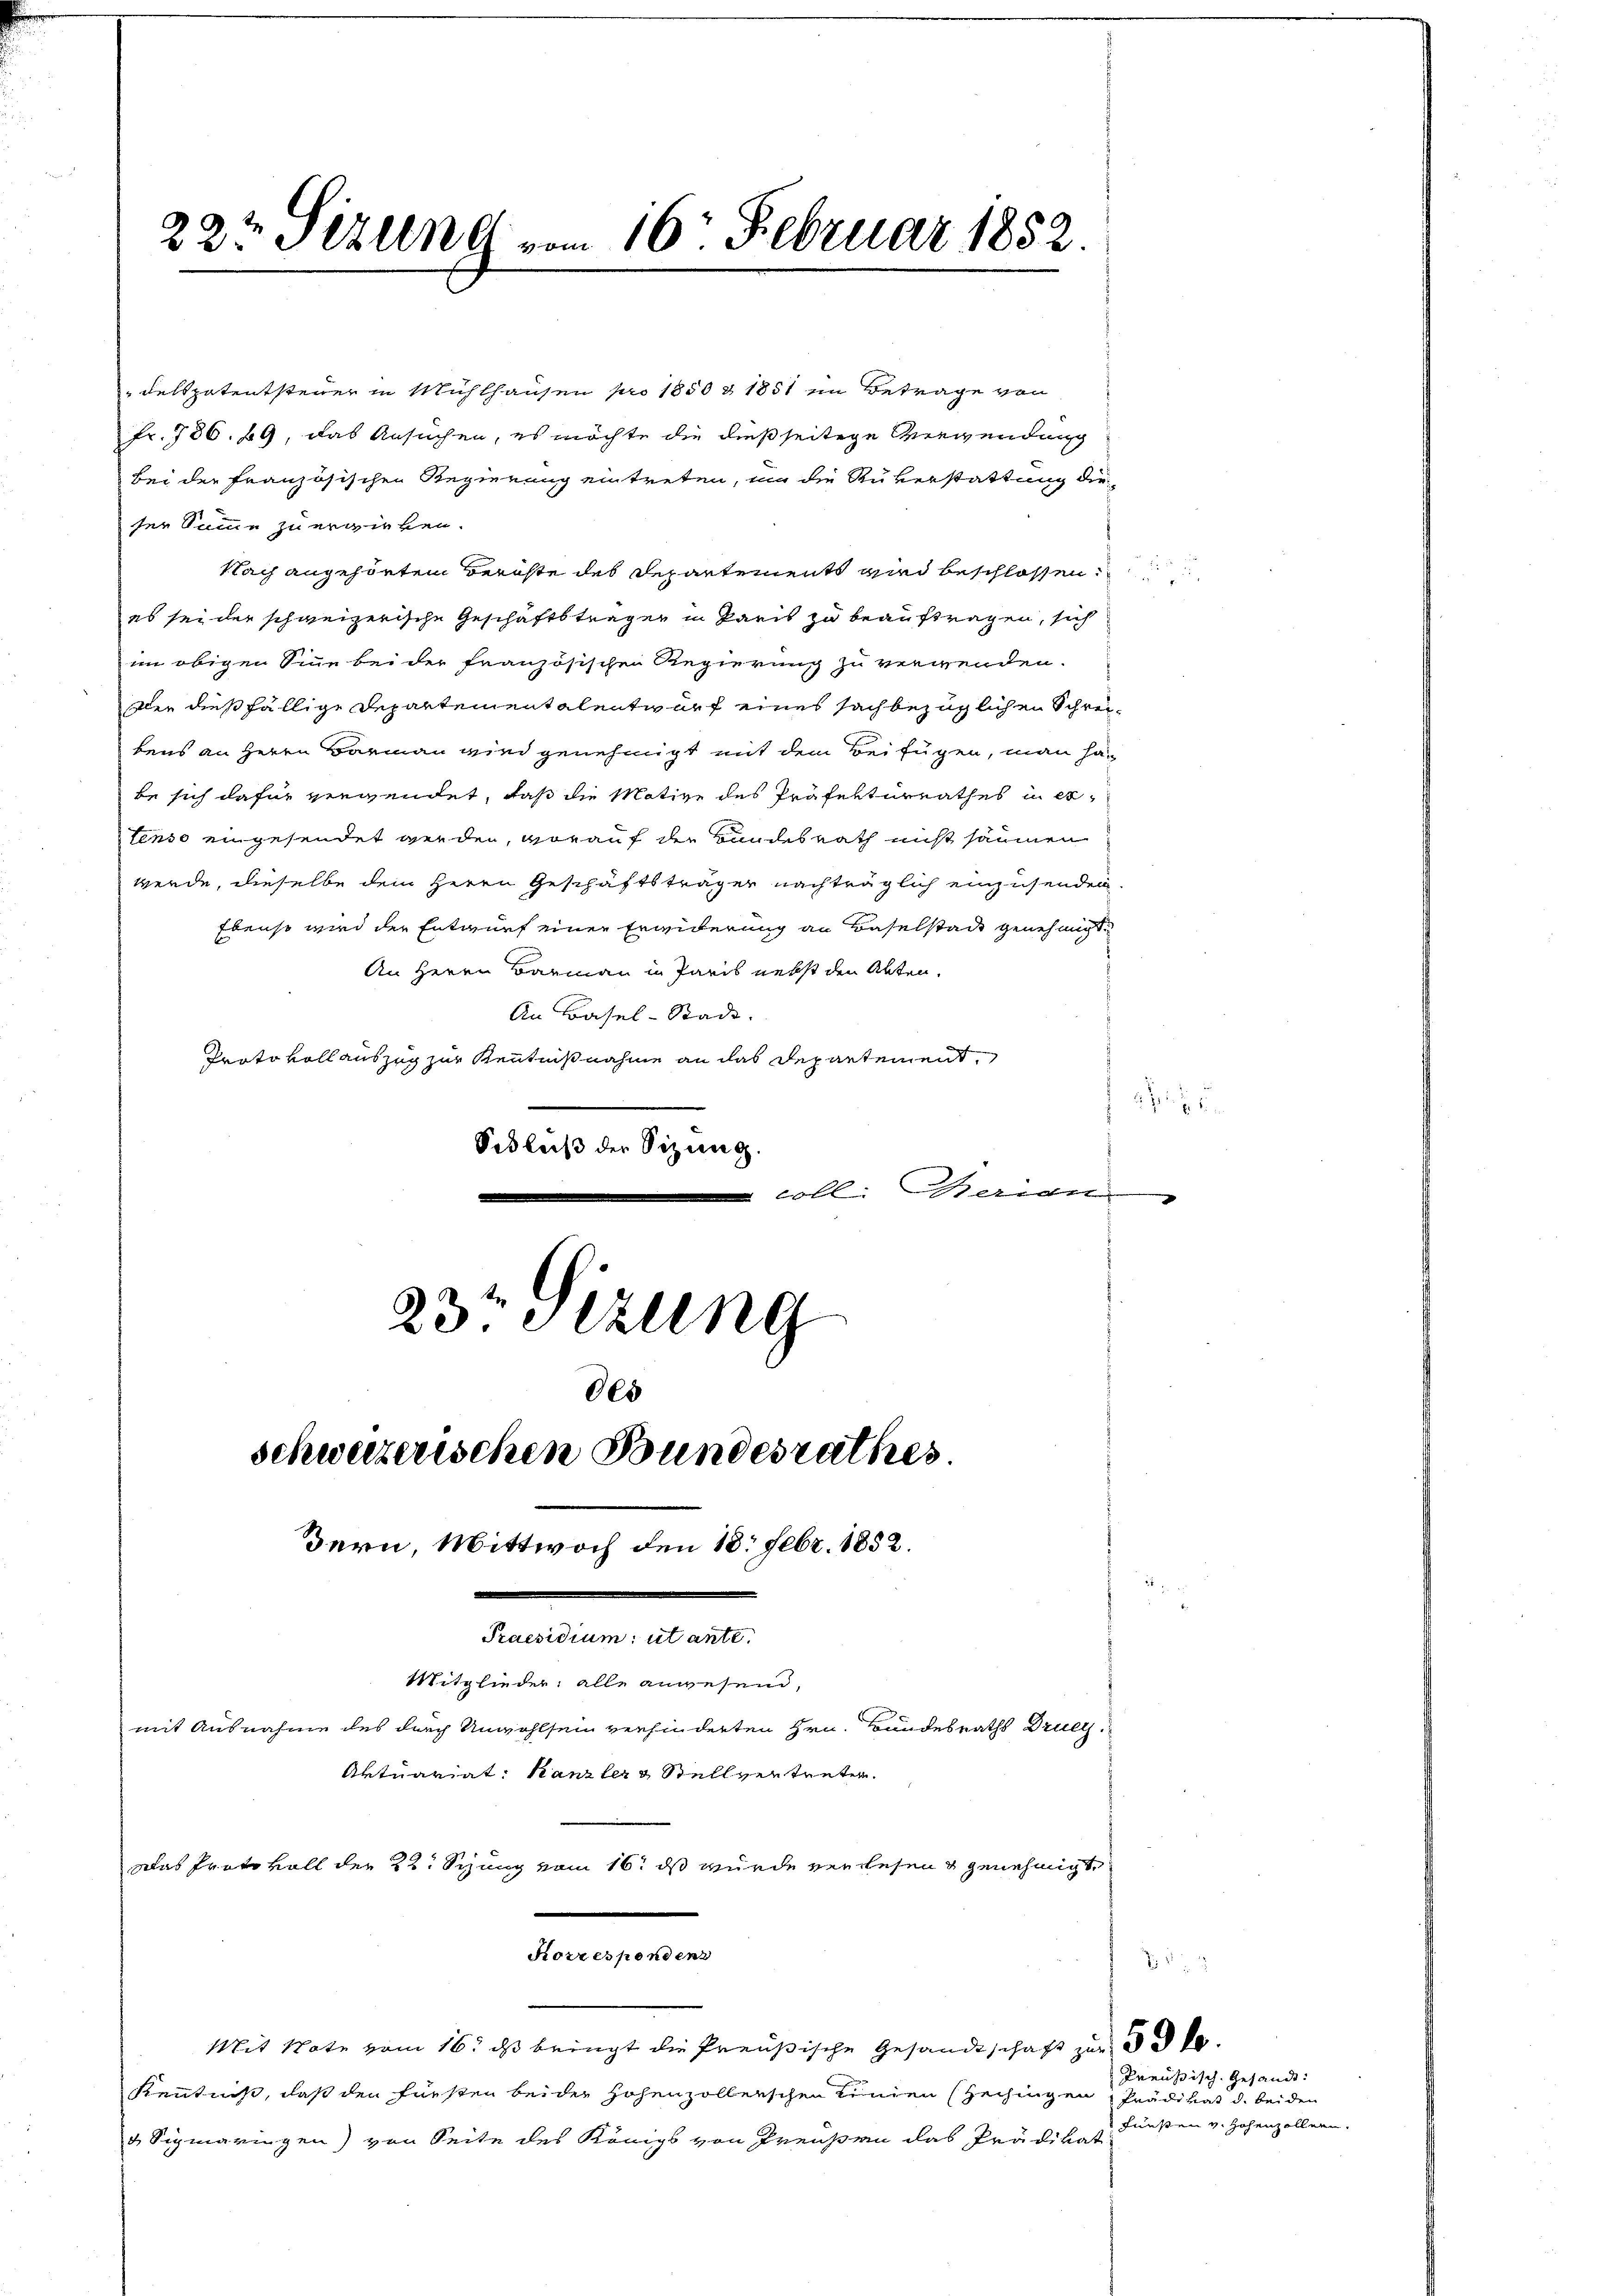
22t Sizung vom 16. Februar 1852.

delspatentsteuer in Mühlhausen pro 1850 & 1851 im Betrage von
fr. 786. 69, das Ansuchen, es möchte die dießseitige Verwendung
bei der Französischen Regierung eintreten, um die Rükerstattung die
ser Summe zu erwirken.
Nach angehörten Berichte des Departements wird beschlossen.
es sei der schweizerische Geschäftsträger in Paris zu beauftragen, sich
im obigen Sinne bei der französischen Regierung zu verwenden.
Der dießfällige Departementalentwurf eines sachbezüglichen Schrei-
bens an Herrn Barmann wird genehmigt mit dem Beifügen, man habe sich dafür vergendet, daß die Motive des Präfekturrathes in ertenso eingesendet werden, worauf der Bundesrath nicht säumen
werde, dieselbe dem Herrn Geschäftsträger nachträglich einzusenden
Ebenso wird der Entwurf einer Erwiderung an Baselstadt genehmigt.
An Herrn Barmann in Paris nebst den Abten,
An Basel-Stadt.
Protokoll auszug zur Kenntnißnahme an das Departement
Sidleiß der Sizung.
 coll. Merider
23t Sizung
Oes
schweizerischen Bundesrathes.

Bern, Mittwoch den 18. Febr. 1852.
Praesidium, ut ante.
Mitglieder, alle anwesend,
mit Ausnahme des durch Unwohlsein verhinderten Hrn. Bundesraths Druc
Aktuariat: Kanzler Stellvertreten.

Das Protokoll der 22. Seung vom 16. ds wurde verlesen & genehmigt,
Korrespondenz
Mit Note vom 16. ds bringt die Preußische Gesandtschaft zur
Kenntniß, daß den Fürsten beider hohenzollerschen Kinden (Zechingen Prädikat d. beiden
 Sigmaringen) von Seite des Königs von Preußen das Prädikat

u

e

Preußisch. Gesandt:
Fünsten v. Hohenzollern.